Calcutta medical institutions reports 1871-78
Year: 1871
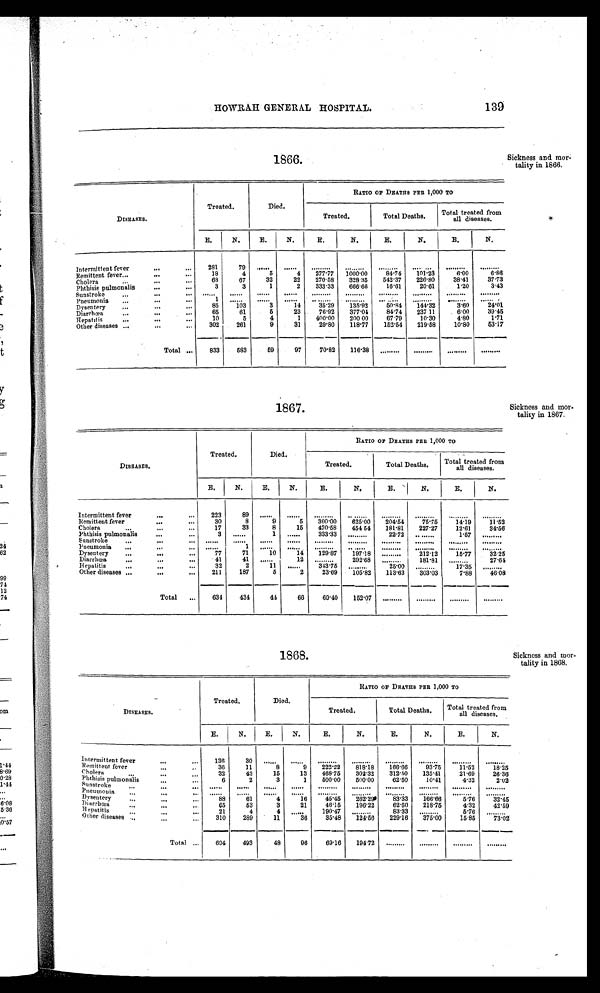
1866.
sickness and mor-
tality in 1866.
1867.
Sickness and mor-
tality in 1867.
DISEASES.
Treated.
Died.
RATIO OF DEATHS PER 1,000 TO
Treated.
Total Deaths.
Total treated
from all diseases.
E.
N.
E.
N.
E.
N.
E.
N.
E.
N.
Intermittent fever
281
79
...... ...... ......
......
......
......
......
......
Remittent fever
18
4
5
4
277.77 1000.00
84.74
101.23
6.00
6 . 8 6
Cholera
6 8
67
32
22
270.58
328.35 542.37
2 2 6 . 8 0
38.41
3 7 . 7 3
Phthisis pulmonalis
3
3
1
2
333.33
666.66
16.61
2 0 . 6 1
1.20
3.43
Sunstroke
...... ...... ...... ...... ......
......
......
......
......
......
Pneumonia
1 ...... ...... ...... ......
......
......
......
......
. . . . . .
Dysentery
85
103
3
14
35.29 135.92
50.84 144.32
3.60
24.01
Diarrhœa
65
61
5
23
76.92
3 7 7 . 0 4
8 4 . 7 4 237 11
6.00
39.45
He pa t i t i s
10
5
4
1
400.00
200 00
67.79
10.30
4.80
1.71
Other diseases
302
261
9
31
29.80
—
118.77
1 1 8 . 7 7
152.54 219.58
1 0 . 8 0
5 3 . 1 7
Total
833
583
59
97
70.82
116.38 ......
......
......
......
DISEASES.
Treated.
Died.
RATIO OF DEATHS PER 1,000 TO
Treated.
Total Deaths.
Total treated from
all diseases.
E.
N.
E.
N.
E.
N.
E.
N.
E.
N.
Intermittent fever
223
89
...... ...... ......
......
......
......
......
......
Remittent fever
30
8
9
5
300.00
625.00
204.54
75.75
14.19
11.52
Cholera
17
33
8
15 470.58
454 54
181.81
227.27
12.61
34.56
Phthisis pulmonalis
3 ......
1 ......
333.33 ......
22.72 ......
1.57 ......
Sunstroke
...... ...... ...... ...... ......
......
......
......
......
......
Pneumonia
......
1 ...... ...... ......
......
......
......
......
......
Dysentery
77
71
10
14 129.87 197.18 ......
212.12
15.77
32.25
Diarrhœa
41
41 ......
12 ......
292.68 ......
181.81 ......
2 7 . 6 4
Hepatitis
32
2
11 ......
343.75 ......
25.00 ......
17.35
. . . . . .
Other diseases
211
187
5
2
2 3 . 6 9 105.82 113.63
303.03
7.88
46.08
Total
634
434
44
6 6
6 9 . 4 0
1 5 2 . 0 7
......
......
......
......
1868.
Sickness and mor-
tality in 1868.
DISEASES.
Treated.
Died.
RATIO OF DEATHS PER 1,000 TO
Treated.
Total Deaths.
Total treated from
all diseases.
E.
N.
E.
N.
E.
N.
E.
N.
E.
N.
Intermittent fever
1 3 6
30
...... ...... ......
......
......
......
......
......
Remittent fever
36
11
8
9 222.22
818.18
166.66
93.75
11.52
18.25
Cholera
32
43
15
13 468.75 302.32
312.50
1 3 5 . 4 1
21.69
26.36
Phthisis pulmonalis
6
2
3
1
500.00
500.00
62.50
10.41
4.32
2.02
Sunstroke
...... ...... ...... ...... ......
......
......
......
......
......
Pneumonia
...... ...... ...... ...... ......
......
......
......
......
......
Dysentery
88
61
4
16
45.45 262.29
83.33 166.66
5.76
32.45
Di a r r h œa
65
53
3
21
46.15
196.22
62.50 218.75
4.32
42.59
Hepatitis
21
4
4 ......
190.47 ......
83.33 ......
5.76 ......
Other diseases
310
289
11
3 6
35.48
1 2 4 . 5 6 229.16 375.00
15.85
73.02
Total
604
493
48
96
6 9 . 1 6
1 9 4 . 7 2
......
......
......
......